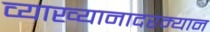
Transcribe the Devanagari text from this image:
व्याख्यानादरम्यान